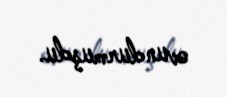
ovundurmuşdu.